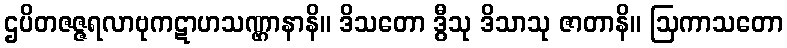
ဌပိတဇဇ္ဇရလာဗုကဋာဟသဏ္ဌာနာနိ။ ဒိသတော ဒွီသု ဒိသာသု ဇာတာနိ။ ဩကာသတော